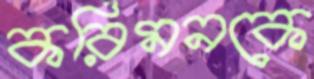
করিমনকে